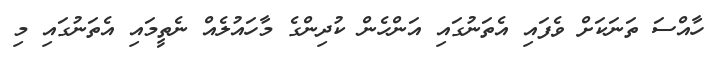
ހާއްސަ ތަނަކަށް ވެފައި އެތަނުގައި އަންހެން ކުދިންގެ މާހައުލެއް ނެތީމައި އެތަނުގައި މި